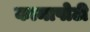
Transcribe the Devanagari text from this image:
कामापोटी